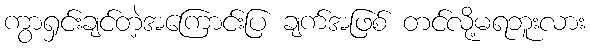
ကွာရှင်းချင်တဲ့အကြောင်းပြ ချက်အဖြစ် တင်လို့မရဘူးလား